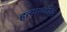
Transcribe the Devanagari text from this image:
हत्याबंदीचा